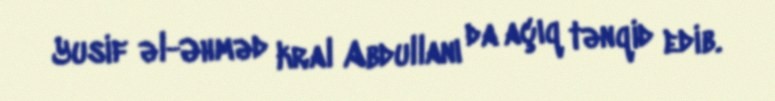
Yusif əl-Əhməd kral Abdullanı da açıq tənqid edib.